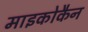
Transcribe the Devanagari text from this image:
माइकोकैन